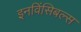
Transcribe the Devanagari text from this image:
इनविंसिबल्स